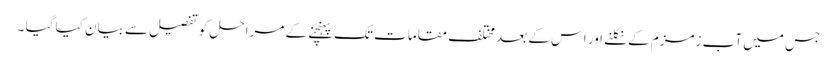
جس میں آب زمزم کے نکلنے اور اس کے بعد مختلف مقامات تک پہنچنے کے مراحل کو تفصیل سے بیان کیا گیا ۔